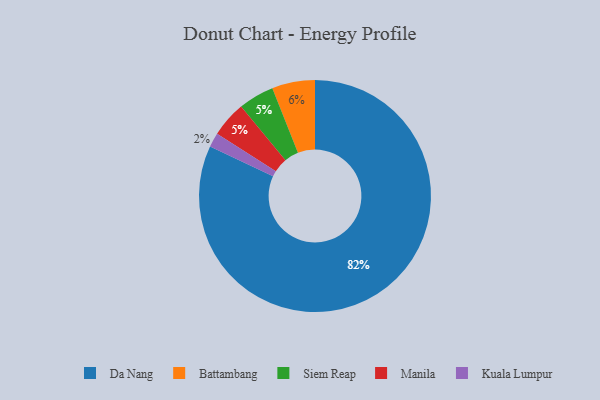
{"axis": {"x": "Category", "y": "Percentage"}, "legend": ["Battambang", "Da Nang", "Kuala Lumpur", "Manila", "Siem Reap"], "data": [{"x": "Siem Reap", "y": 5, "type": "Siem Reap"}, {"x": "Battambang", "y": 6, "type": "Battambang"}, {"x": "Da Nang", "y": 82, "type": "Da Nang"}, {"x": "Manila", "y": 5, "type": "Manila"}, {"x": "Kuala Lumpur", "y": 2, "type": "Kuala Lumpur"}]}